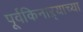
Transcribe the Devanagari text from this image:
पूर्वकिनाऱ्याच्या